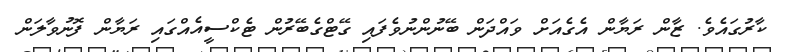
ކާރުގައެވެ. ޒާން ރަޔާން އެގެއަށް ވައްދަން ބޭނުންނުވެފައި ގޭޓްގެބޭރުން ޓެކްސީއެއްގައި ރަޔާން ފޮނުވާލަން